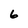
Character: 6